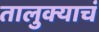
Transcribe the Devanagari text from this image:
तालुक्याचं